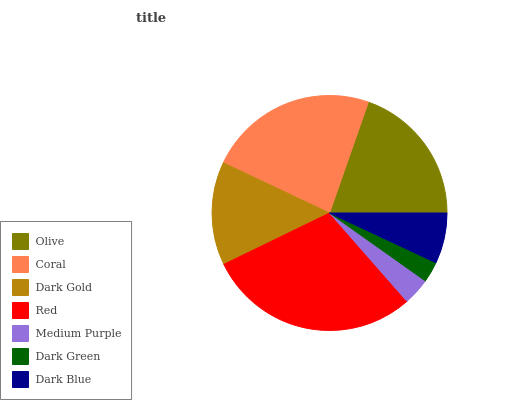
| Olive | Coral | Dark Gold | Red | Medium Purple | Dark Green | Dark Blue |
 | --- | --- | --- | --- | --- | --- | --- |
 | 19.6% | 23.4% | 14.2% | 29.3% | 3.72% | 2.85% | 6.96% |